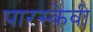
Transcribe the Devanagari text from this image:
पारस्केवी